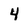
Character: 4